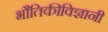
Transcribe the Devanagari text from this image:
भौतिकीविज्ञानी